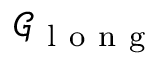
\mathcal { G } _ { \mathrm { ~ l ~ o ~ n ~ g ~ } }